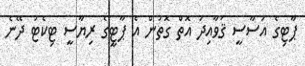
ޕާޓިގެ އަސާސީ ޤަވާއިދު އޮތް ގޮތުން އެ ޕާޓީގެ ރިޔާސީ ޓިކެޓު ދޭނެ